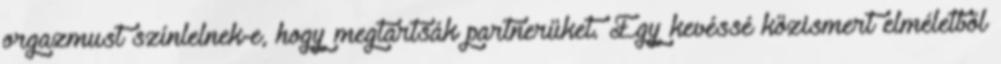
orgazmust színlelnek-e, hogy megtartsák partnerüket. Egy kevéssé közismert elméletből